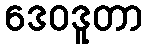
ဒေဝဒူတာ